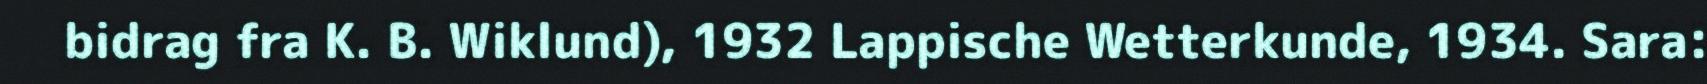
bidrag fra K. B. Wiklund), 1932 Lappische Wetterkunde, 1934. Sara: